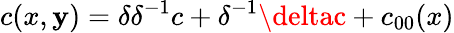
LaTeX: c(x,\mathbf{y})=\delta\delta^{-1}c+\delta^{-1}\deltac+c_{00}(x)